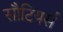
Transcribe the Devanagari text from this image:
सौटियर्स